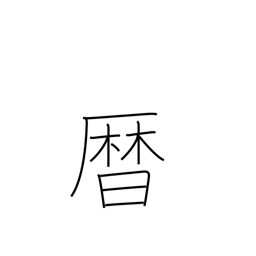
Meaning: calendar